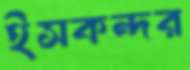
ইসকন্দর